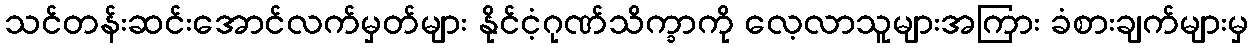
သင်တန်းဆင်းအောင်လက်မှတ်များ နိုင်ငံ့ဂုဏ်သိက္ခာကို လေ့လာသူများအကြား ခံစားချက်များမှ